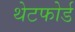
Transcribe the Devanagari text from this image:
थेटफोर्ड